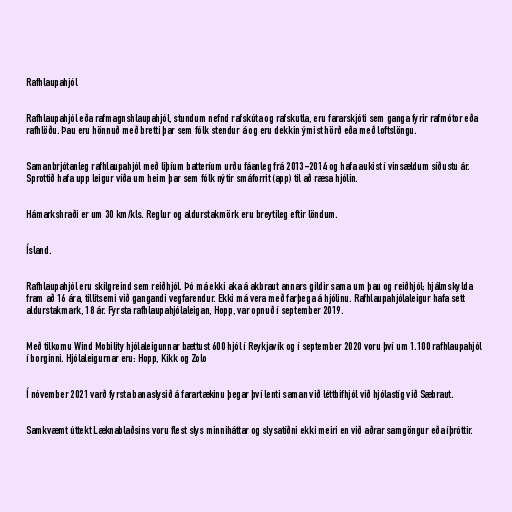
Rafhlaupahjól

Rafhlaupahjól eða rafmagnshlaupahjól, stundum nefnd rafskúta og rafskutla, eru fararskjóti sem ganga fyrir rafmótor eða
rafhlöðu. Þau eru hönnuð með bretti þar sem fólk stendur á og eru dekkin ýmist hörð eða með loftslöngu.

Samanbrjótanleg rafhlaupahjól með liþíum batteríum urðu fáanleg frá 2013-2014 og hafa aukist í vinsældum síðustu ár.
Sprottið hafa upp leigur víða um heim þar sem fólk nýtir smáforrit (app) til að ræsa hjólin.

Hámarkshraði er um 30 km/kls. Reglur og aldurstakmörk eru breytileg eftir löndum.

Ísland.

Rafhlaupahjól eru skilgreind sem reiðhjól. Þó má ekki aka á akbraut annars gildir sama um þau og reiðhjól; hjálmskylda
fram að 16 ára, tillitsemi við gangandi vegfarendur. Ekki má vera með farþega á hjólinu. Rafhlaupahjólaleigur hafa sett
aldurstakmark, 18 ár. Fyrsta rafhlaupahjólaleigan, Hopp, var opnuð í september 2019.

Með tilkomu Wind Mobility hjólaleigunnar bættust 600 hjól í Reykjavík og í september 2020 voru því um 1.100 rafhlaupahjól
í borginni. Hjólaleigurnar eru: Hopp, Kikk og Zolo

Í nóvember 2021 varð fyrsta banaslysið á farartækinu þegar því lenti saman við léttbifhjól við hjólastíg við Sæbraut.

Samkvæmt úttekt Læknablaðsins voru flest slys minniháttar og slysatíðni ekki meiri en við aðrar samgöngur eða íþróttir.